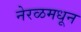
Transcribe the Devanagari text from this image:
नेरळमधून